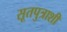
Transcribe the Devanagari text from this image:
सूतपुत्राशी